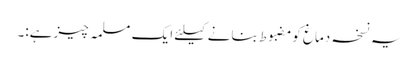
یہ نسخہ دماغ کومضبوط بنانے کیلئے ایک مسلمہ چیزہے:۔